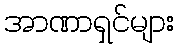
အာဏာရှင်များ